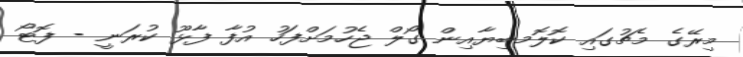
މިރޭގެ މެޗުގައި ކޮލޮމބިޔާއިން ގޯލް ޖެހުމަށްފަހު އުފާ ފާޅޫ ކުރަނީ - ފޮޓޯ